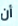
أن